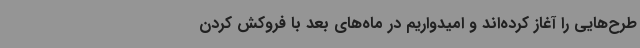
طرح‌هایی را آغاز کرده‌اند و امیدواریم در ماه‌های بعد با فروکش کردن